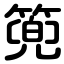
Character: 篼